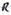
Text: R